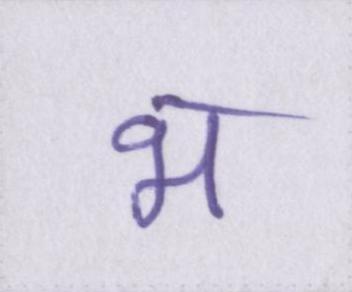
भ